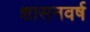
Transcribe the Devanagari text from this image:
शासनवर्ष